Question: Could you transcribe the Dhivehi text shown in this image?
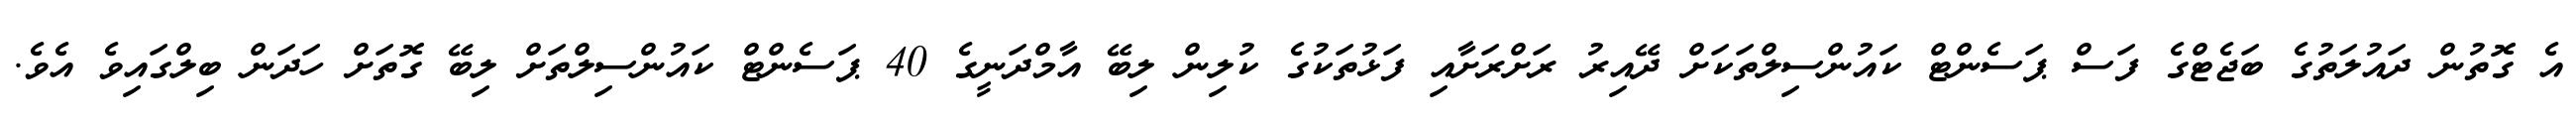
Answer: އެ ގޮތުން ދައުލަތުގެ ބަޖެޓްގެ ފަސް ޕަސެންޓް ކައުންސިލްތަކަށް ދޭއިރު ރަށްރަށާއި ފަޅުތަކުގެ ކުލިން ލިބޭ އާމްދަނީގެ 40 ޕަސެންޓް ކައުންސިލްތަށް ލިބޭ ގޮތަށް ހަދަން ބިލްގައިވެ އެވެ.